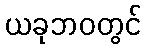
ယခုဘဝတွင်